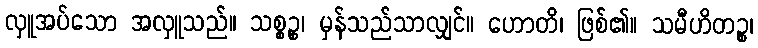
လှူအပ်သော အလှူသည်။ သစ္စဉ္စ၊ မှန်သည်သာလျှင်။ ဟောတိ၊ ဖြစ်၏။ သမီဟိတဉ္စ၊